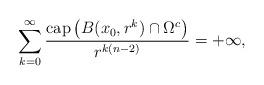
LaTeX: \begin{align*} \sum_{k=0}^{\infty}\frac{\mathrm{cap} \left(B(x_0,r^{k})\cap\Omega^c\right)}{r^{k(n-2)}}=+\infty,\end{align*}